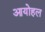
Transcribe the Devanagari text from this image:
आयोहल